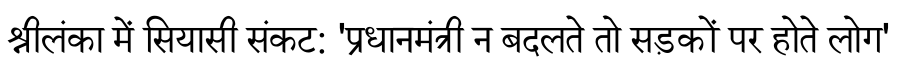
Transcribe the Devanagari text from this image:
श्रीलंका में सियासी संकट: 'प्रधानमंत्री न बदलते तो सड़कों पर होते लोग'